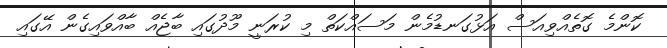
ކޮންމެ ގޮތެއްވިއަސް އަޅުގަނޑުމެން މަސައްކަތް މި ކުރަނީ މޫދުގައި ބާޖެއް ބާއްވައިގެން އޭގައި